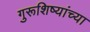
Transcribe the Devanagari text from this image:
गुरूशिष्यांच्या